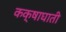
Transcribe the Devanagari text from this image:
कक्षाघाती